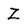
Character: Z